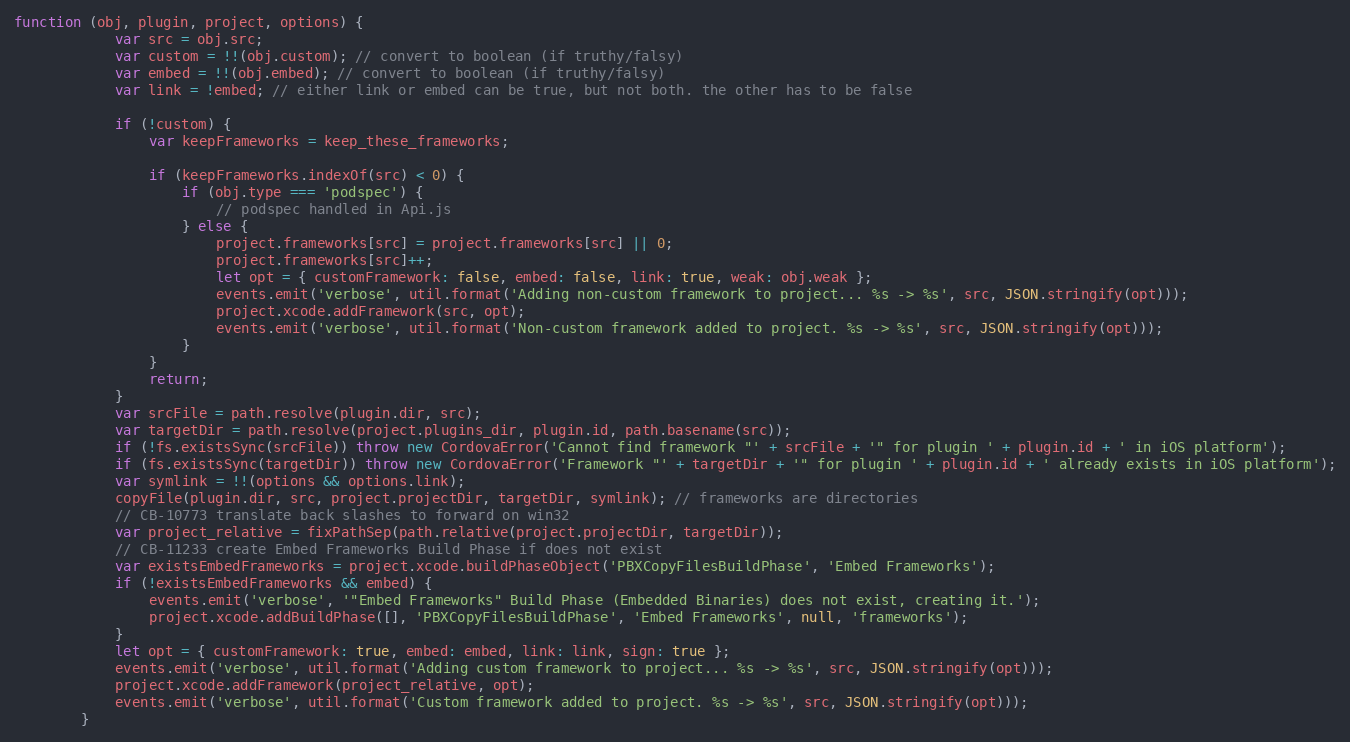
Language: JavaScript
function (obj, plugin, project, options) {
            var src = obj.src;
            var custom = !!(obj.custom); // convert to boolean (if truthy/falsy)
            var embed = !!(obj.embed); // convert to boolean (if truthy/falsy)
            var link = !embed; // either link or embed can be true, but not both. the other has to be false

            if (!custom) {
                var keepFrameworks = keep_these_frameworks;

                if (keepFrameworks.indexOf(src) < 0) {
                    if (obj.type === 'podspec') {
                        // podspec handled in Api.js
                    } else {
                        project.frameworks[src] = project.frameworks[src] || 0;
                        project.frameworks[src]++;
                        let opt = { customFramework: false, embed: false, link: true, weak: obj.weak };
                        events.emit('verbose', util.format('Adding non-custom framework to project... %s -> %s', src, JSON.stringify(opt)));
                        project.xcode.addFramework(src, opt);
                        events.emit('verbose', util.format('Non-custom framework added to project. %s -> %s', src, JSON.stringify(opt)));
                    }
                }
                return;
            }
            var srcFile = path.resolve(plugin.dir, src);
            var targetDir = path.resolve(project.plugins_dir, plugin.id, path.basename(src));
            if (!fs.existsSync(srcFile)) throw new CordovaError('Cannot find framework "' + srcFile + '" for plugin ' + plugin.id + ' in iOS platform');
            if (fs.existsSync(targetDir)) throw new CordovaError('Framework "' + targetDir + '" for plugin ' + plugin.id + ' already exists in iOS platform');
            var symlink = !!(options && options.link);
            copyFile(plugin.dir, src, project.projectDir, targetDir, symlink); // frameworks are directories
            // CB-10773 translate back slashes to forward on win32
            var project_relative = fixPathSep(path.relative(project.projectDir, targetDir));
            // CB-11233 create Embed Frameworks Build Phase if does not exist
            var existsEmbedFrameworks = project.xcode.buildPhaseObject('PBXCopyFilesBuildPhase', 'Embed Frameworks');
            if (!existsEmbedFrameworks && embed) {
                events.emit('verbose', '"Embed Frameworks" Build Phase (Embedded Binaries) does not exist, creating it.');
                project.xcode.addBuildPhase([], 'PBXCopyFilesBuildPhase', 'Embed Frameworks', null, 'frameworks');
            }
            let opt = { customFramework: true, embed: embed, link: link, sign: true };
            events.emit('verbose', util.format('Adding custom framework to project... %s -> %s', src, JSON.stringify(opt)));
            project.xcode.addFramework(project_relative, opt);
            events.emit('verbose', util.format('Custom framework added to project. %s -> %s', src, JSON.stringify(opt)));
        }